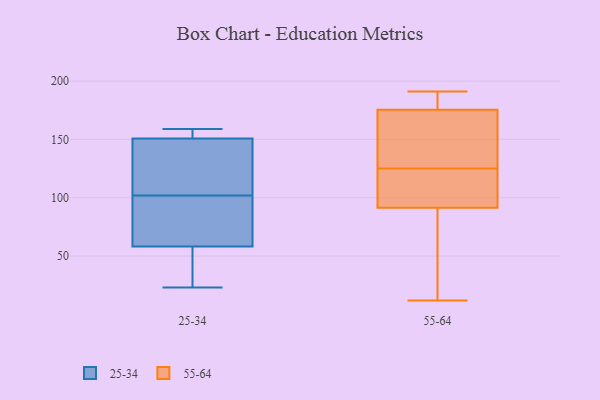
{"axis": {"x": "Demand Index", "y": "Value"}, "legend": ["25-34", "55-64"], "data": [{"x": "", "y": 150, "type": "25-34"}, {"x": "", "y": 65, "type": "25-34"}, {"x": "", "y": 151, "type": "25-34"}, {"x": "", "y": 159, "type": "25-34"}, {"x": "", "y": 118, "type": "25-34"}, {"x": "", "y": 56, "type": "25-34"}, {"x": "", "y": 99, "type": "25-34"}, {"x": "", "y": 27, "type": "25-34"}, {"x": "", "y": 23, "type": "25-34"}, {"x": "", "y": 102, "type": "25-34"}, {"x": "", "y": 157, "type": "25-34"}, {"x": "", "y": 183, "type": "55-64"}, {"x": "", "y": 156, "type": "55-64"}, {"x": "", "y": 177, "type": "55-64"}, {"x": "", "y": 178, "type": "55-64"}, {"x": "", "y": 133, "type": "55-64"}, {"x": "", "y": 93, "type": "55-64"}, {"x": "", "y": 191, "type": "55-64"}, {"x": "", "y": 128, "type": "55-64"}, {"x": "", "y": 21, "type": "55-64"}, {"x": "", "y": 35, "type": "55-64"}, {"x": "", "y": 122, "type": "55-64"}, {"x": "", "y": 12, "type": "55-64"}, {"x": "", "y": 112, "type": "55-64"}, {"x": "", "y": 97, "type": "55-64"}, {"x": "", "y": 90, "type": "55-64"}, {"x": "", "y": 174, "type": "55-64"}]}